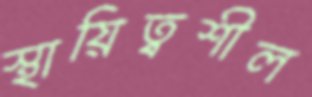
স্থায়িত্বশীল